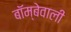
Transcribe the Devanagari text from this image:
बॉम्बेवाली